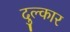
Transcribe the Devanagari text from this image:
दुल्कार